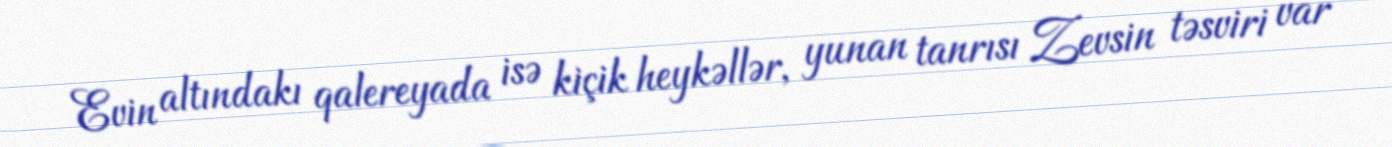
Evin altındakı qalereyada isə kiçik heykəllər, yunan tanrısı Zevsin təsviri var